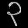
Digit: ၃